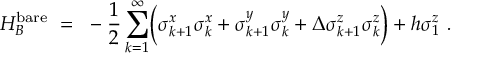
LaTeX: H _ { B } ^ { \mathrm { b a r e } } ~ = ~ - \frac { 1 } { 2 } \sum _ { k = 1 } ^ { \infty } \Bigl ( \sigma _ { k + 1 } ^ { x } \sigma _ { k } ^ { x } + \sigma _ { k + 1 } ^ { y } \sigma _ { k } ^ { y } + \Delta \sigma _ { k + 1 } ^ { z } \sigma _ { k } ^ { z } \Bigr ) + h \sigma _ { 1 } ^ { z } ~ .